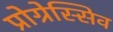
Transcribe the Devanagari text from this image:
प्रोग्रेस्सिव